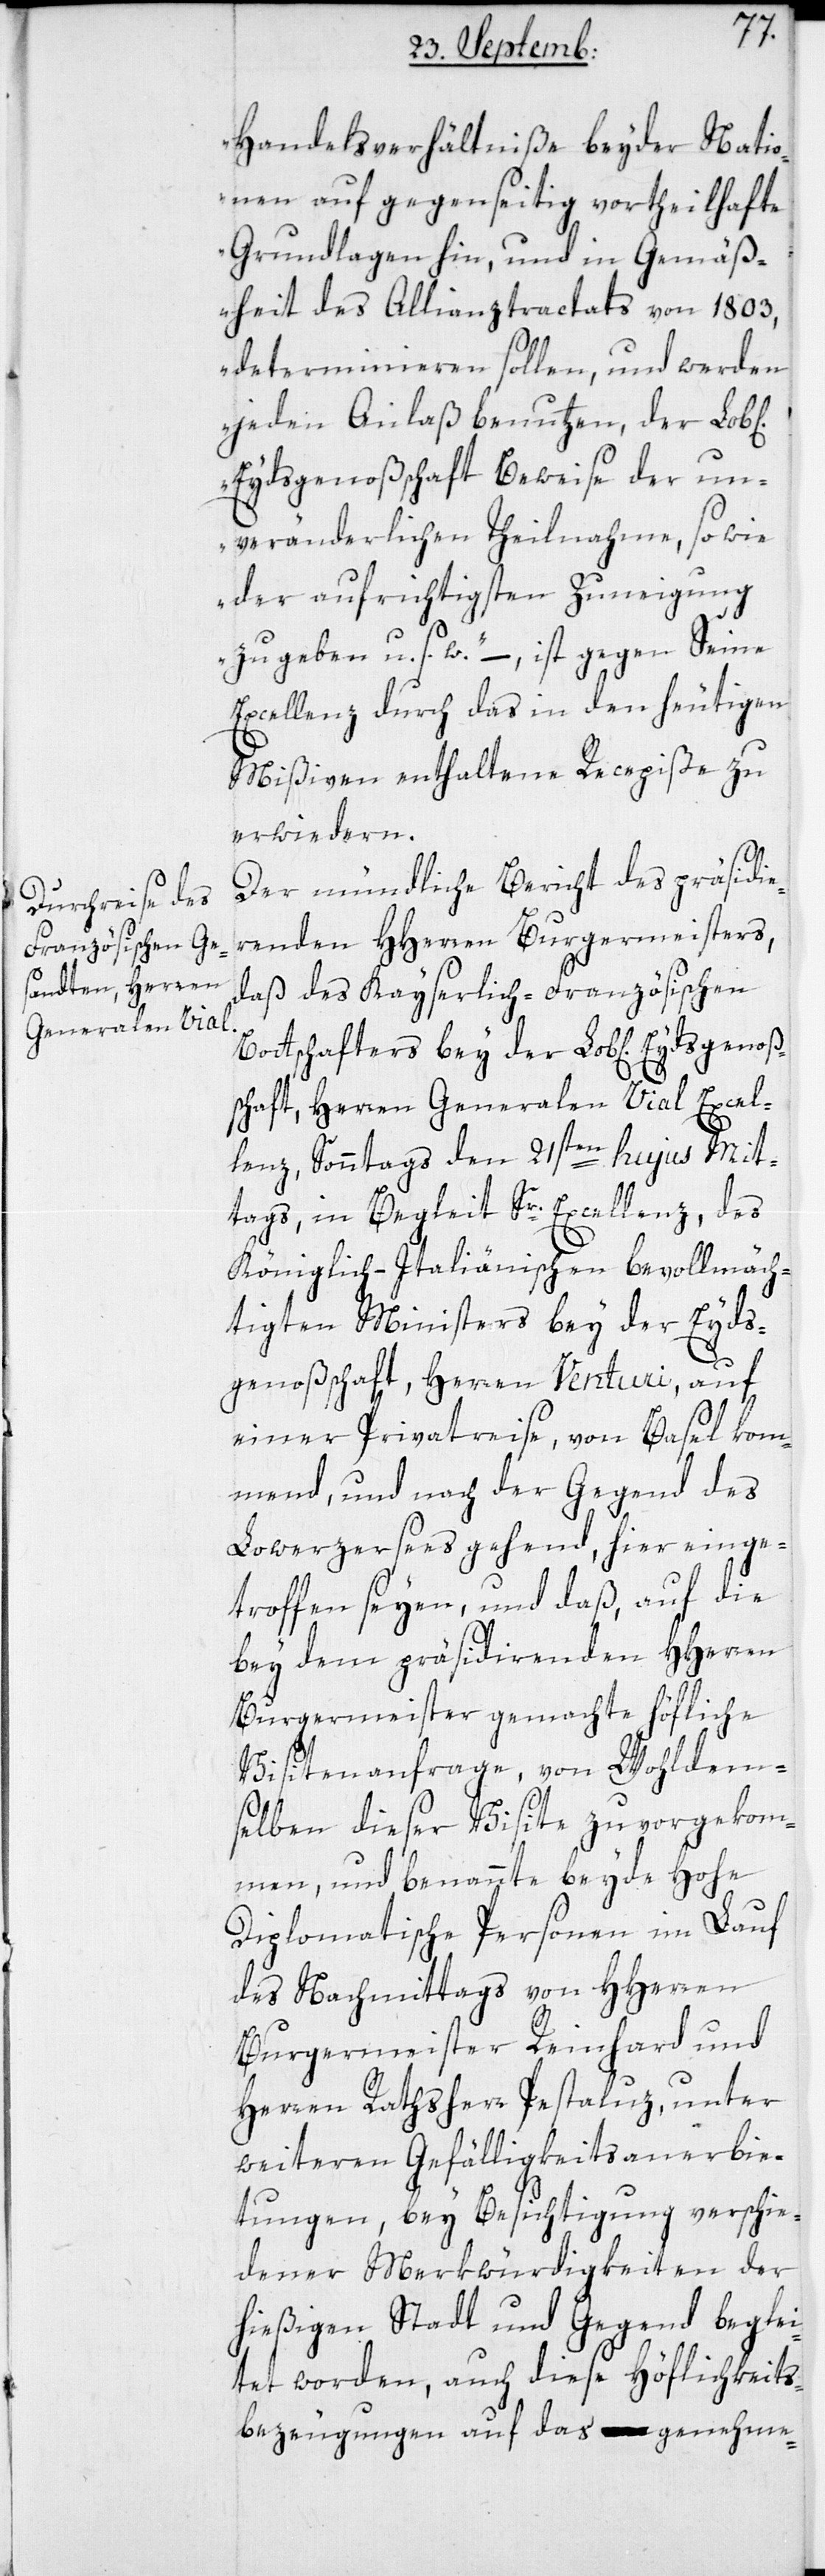
Generalen Vial

Excel¬
Handelsverhältniße beyder Natio¬
nen auf gegenseitig vortheilhafte
Grundlagen hin, und in Gemäß¬
heit des Allianztractats von 1803,
determinieren sollen, und werden
jeden Anlaß benutzen, der
Eydsgenoßschaft Beweise der un¬
verändlerlichen Theilnahme, so wie
der aufrichtigsten Zuneigung
zu geben“, u. s. f. – ist gegen Seine
Excellenz durch das in den heutigen
Mißiven enthaltene Recepiße zu
erwiedern.
Der mündliche Bericht des präsidie¬
renden HHerren Burgermeisters,
daß des Kayserlich-Französischen
Bottschafters bey der Lobl[ichen]
lenz, Sonntags den 21sten hujus Mit¬
tags, in Begleit Sr. Excellenz, des
Königlich-Italiänischen bevollmäch¬
tigen Ministers bey der Eyds¬
genoßschaft, Herren Venturi, auf
einer Privatreise, von Basel kom¬
mend, und nach der Gegend des
Lowerzersees gehend, hier einge¬
troffen seyen, und daß, auf die
bey dem präsidierenden HHerren
Burgermeister gemachte höfliche
Visitenanfrage, von Wohldem¬
selben dieser Visite zuvorgekom¬
men, und benannte beyde Hohe
Diplomatische Personen im Lauf
des Nachmittags von HHerren
Burgermeister Reinhard und
Herren Rathsherr Pestaluz, unter
weiteren Gefälligkeitsanerbie¬
tungen, bey Besichtigung verschie¬
dener Merkwürdigkeiten der
hießigen Stadt und Gegend beglei¬
tet worden, auch diese Höflichkeits¬
bezeugungen auf das genehme-